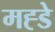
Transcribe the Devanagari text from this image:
मह्डे